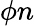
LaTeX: \phi n